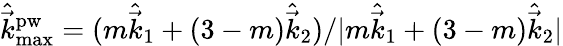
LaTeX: \hat{\vec{k}}_{\mathrm{max}}^{\mathrm{pw}}={(m\hat{\vec{k}}_{1}+(3-m)\hat{\vec{k}}_{2})/|m\hat{\vec{k}}_{1}+(3-m)\hat{\vec{k}}_{2}|}